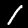
Digit: 1